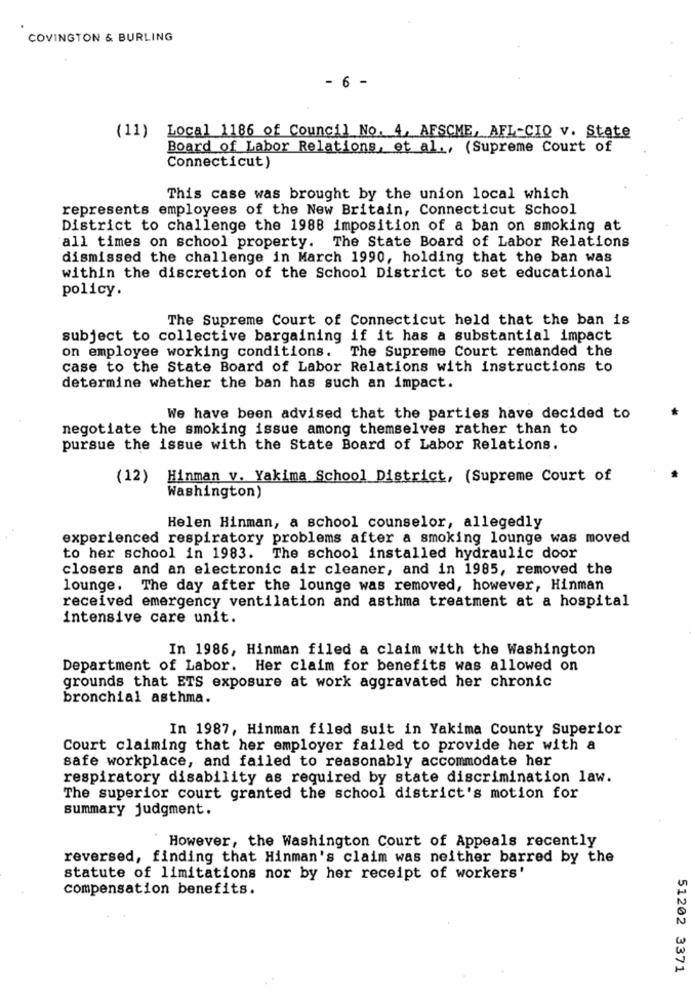
COVINGTON & BURLING
- 6 -
(11) Local 1186 of Council No. 4, AFSCME, AFL-CIO v. State
Board of Labor Relations, et al ., (Supreme Court of
Connecticut)
This case was brought by the union local which
represents employees of the New Britain, Connecticut School
District to challenge the 1988 imposition of a ban on smoking at
all times on school property. The State Board of Labor Relations
dismissed the challenge in March 1990, holding that the ban was
within the discretion of the School District to set educational
policy.
The Supreme Court of Connecticut held that the ban is
subject to collective bargaining if it has a substantial impact
on employee working conditions. The Supreme Court remanded the
case to the State Board of Labor Relations with instructions to
determine whether the ban has such an impact.
We have been advised that the parties have decided to
negotiate the smoking issue among themselves rather than to
pursue the issue with the State Board of Labor Relations.
(12) Hinman v. Yakima School District, (Supreme Court of
Washington)
Helen Hinman, a school counselor, allegedly
experienced respiratory problems after a smoking lounge was moved
to her school in 1983. The school installed hydraulic door
closers and an electronic air cleaner, and in 1985, removed the
lounge. The day after the lounge was removed, however, Hinman
received emergency ventilation and asthma treatment at a hospital
intensive care unit.
In 1986, Hinman filed a claim with the Washington
Department of Labor. Her claim for benefits was allowed on
grounds that ETS exposure at work aggravated her chronic
bronchial asthma.
In 1987, Hinman filed suit in Yakima County Superior
Court claiming that her employer failed to provide her with a
safe workplace, and failed to reasonably accommodate her
respiratory disability as required by state discrimination law.
The superior court granted the school district's motion for
summary judgment.
However, the Washington Court of Appeals recently
reversed, finding that Hinman's claim was neither barred by the
statute of limitations nor by her receipt of workers'
compensation benefits.
51202 3371